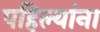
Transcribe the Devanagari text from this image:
पहिल्यांना